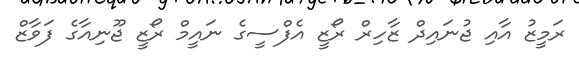
ރަމީޒު އާއި ޖުނައިދް ޒާހިރް ރޯޒީ އެފްސީގެ ނައީމް ރޯޒީ ޖޫނިއާގެ ފަވާޒް